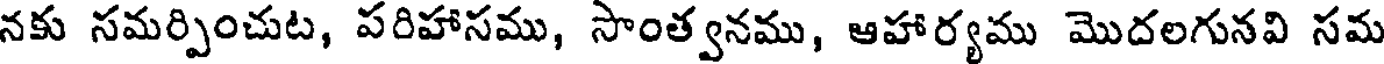
నకు సమర్పించుట, పరిహాసము, సాంత్వనము, ఆహార్యము మొదలగునవి సమ